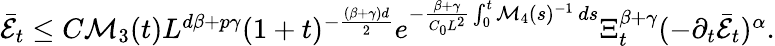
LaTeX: \begin{array}{r}{\bar{\mathcal{E}}_{t}\leq C\mathcal{M}_{3}(t)L^{d\beta+p\gamma}(1+t)^{-\frac{(\beta+\gamma)d}{2}}e^{-\frac{\beta+\gamma}{C_{0}L^{2}}\int_{0}^{t}\mathcal{M}_{4}(s)^{-1}\, ds}\Xi_{t}^{\beta+\gamma}(-\partial_{t}\bar{\mathcal{E}}_{t})^{\alpha}.}\end{array}